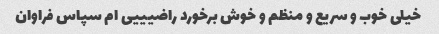
خیلی خوب و سریع و منظم و خوش برخورد راضیییی ام سپاس فراوان